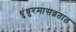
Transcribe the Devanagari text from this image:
धुंधुरमासव्रतात